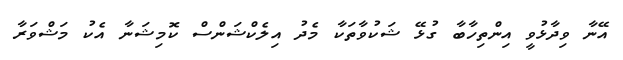
އޭނާ ވިދާޅުވީ އިންތިހާބާ ގުޅޭ ޝަކުވާތަކާ މެދު އިލެކްޝަންސް ކޮމިޝަނާ އެކު މަޝްވަރާ